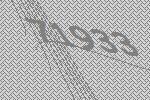
71933